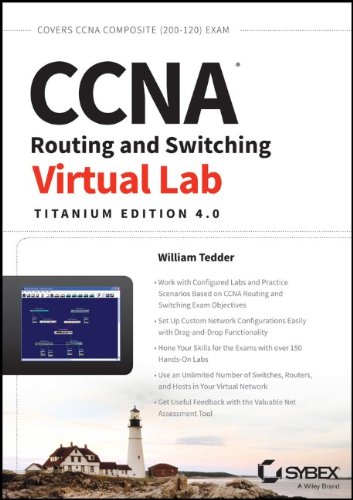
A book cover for CCNA Routing and Switching Virtual Lab; William Tedder; Computers & Technology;